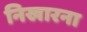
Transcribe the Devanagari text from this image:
निखारना